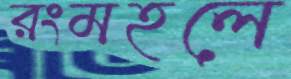
রংমহলে